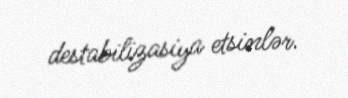
destabilizasiya etsinlər.